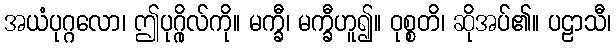
အယံပုဂ္ဂလော၊ ဤပုဂ္ဂိုလ်ကို။ မက္ခီ၊ မက္ခီဟူ၍။ ဝုစ္စတိ၊ ဆိုအပ်၏။ ပဠာသီ၊